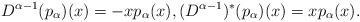
LaTeX: \begin{align*}D^{\alpha-1}(p_\alpha)(x) = -x p_\alpha(x) , (D^{\alpha-1})^*(p_\alpha)(x) = x p_\alpha(x).\end{align*}